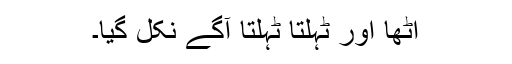
اٹھا اور ٹہلتا ٹہلتا آگے نکل گیا۔